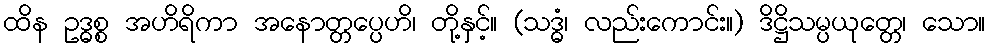
ထိန ဥဒ္ဓစ္စ အဟိရိကာ အနောတ္တပ္ပေဟိ၊ တို့နှင့်။ (သဒ္ဓံ၊ လည်းကောင်း။) ဒိဋ္ဌိသမ္ပယုတ္တေ၊ သော။